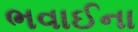
ભવાઈના